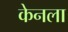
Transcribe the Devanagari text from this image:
केनला